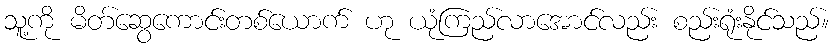
သူ့ကို မိတ်ဆွေကောင်းတစ်ယောက် ဟု ယုံကြည်လာအောင်လည်း စည်းရုံးနိုင်သည်။